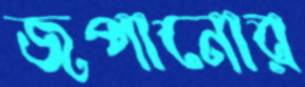
জপানোর